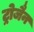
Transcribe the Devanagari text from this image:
ट्रोजैन